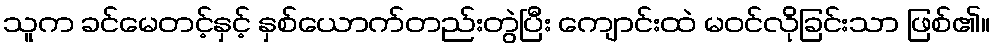
သူက ခင်မေတင့်နှင့် နှစ်ယောက်တည်းတွဲပြီး ကျောင်းထဲ မဝင်လိုခြင်းသာ ဖြစ်၏။